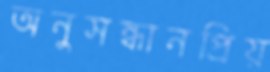
অনুসন্ধানপ্রিয়